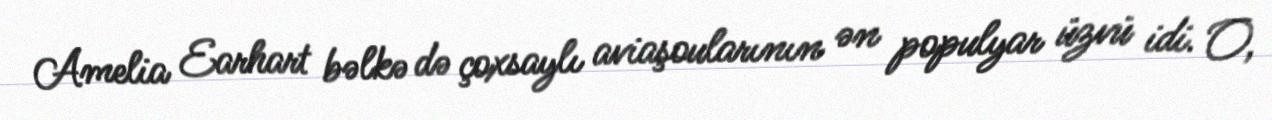
Amelia Earhart bəlkə də çoxsaylı aviaşoularının ən populyar üzvü idi. O,